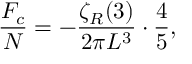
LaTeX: { \frac { { \cal F } _ { c } } { N } } = - { \frac { \zeta _ { R } ( 3 ) } { 2 \pi L ^ { 3 } } } \cdot { \frac { 4 } { 5 } } ,